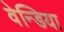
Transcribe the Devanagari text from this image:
वेन्डिया